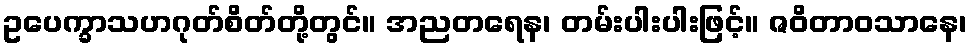
ဥပေက္ခာသဟဂုတ်စိတ်တို့တွင်။ အညတရေန၊ တမ်းပါးပါးဖြင့်။ ဇဝိတာဝသာနေ၊